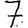
Digit: 7